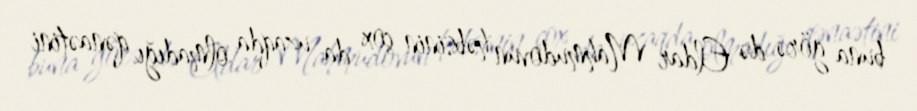
buna görə də Eldar Mahmudovun həbsinin çox da uzaqda olmadığı qənaətini